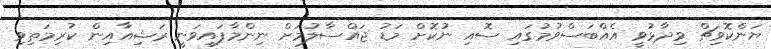
ޔަންކޮވިޗް ވިދާޅުވީ އެއްބަސްވުމުގައި ސޮއި ނުކޮށް މަޑު ޖައްސާލުމަށް ނިންމާފައިވަނީ ރަޝިއާއިން ކުރިމަތިވި